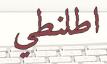
اطلنطي